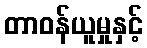
တာဝန်ယူမှုနှင့်